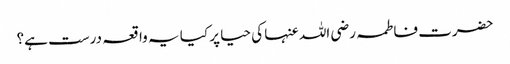
حضرت فاطمہ رضی اللہ عنہا کی حیا پر کیا یہ واقعہ درست ہے؟